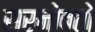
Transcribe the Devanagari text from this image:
सरनोबतो